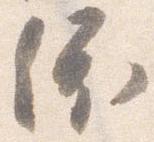
依